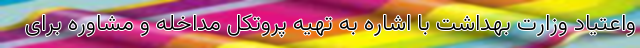
واعتیاد وزارت بهداشت با اشاره به تهیه پروتکل مداخله و مشاوره برای